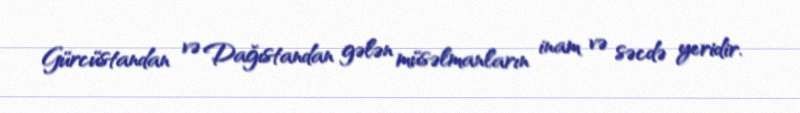
Gürcüstandan və Dağıstandan gələn müsəlmanların inam və səcdə yeridir.